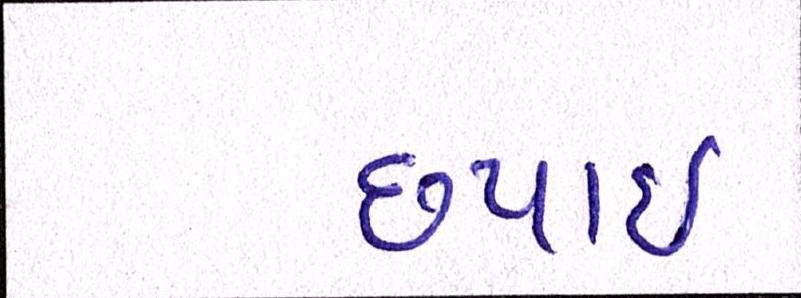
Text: છપાઈ